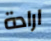
ارادة